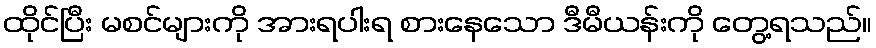
ထိုင်ပြီး မစင်များကို အားရပါးရ စားနေသော ဒီမီယန်းကို တွေ့ရသည်။